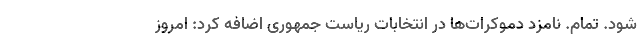
شود. تمام. نامزد دموکرات‌ها در انتخابات ریاست جمهوری اضافه کرد: امروز